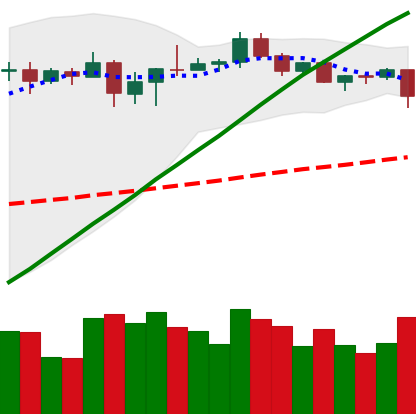
Ticker: BTC-USD
Chart end date: 2020-08-25
Forward return: 3.039%
Label: up_3_5